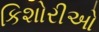
કિશોરીઓ